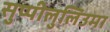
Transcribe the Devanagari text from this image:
सुप्पीलुलिउमा